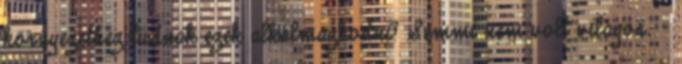
környezethez tudnak ezek alkalmazkodni? Semmi nem volt világos. -